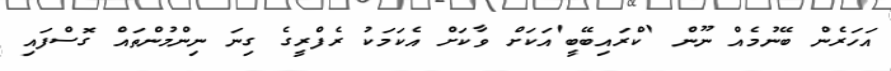
އަހަރެން ބޭނުމެއް ނޫން 'ކްރައިބޭބީ'އަކަށް ވާކަށް އެކަމަކު ރެފްރީގެ ގިނަ ނިންމުންތައް ގޮސްފައި